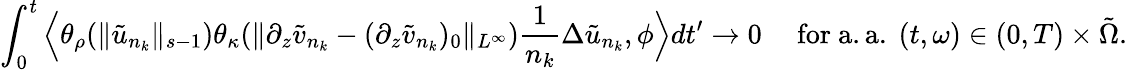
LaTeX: \int_{0}^{t}\Big\langle\theta_{\rho}(\| \tilde{u}_{n_{k}}\| _{s-1})\theta_{\kappa}(\| \partial_{z}\tilde{v}_{n_{k}}-(\partial_{z}\tilde{v}_{n_{k}})_{0}\| _{L^{\infty}})\frac 1{n_{k}}\Delta\tilde{u}_{n_{k}},\phi\Big\rangle dt^{\prime}\to 0\quad\mathrm{~for~a.a.~}(t,\omega)\in(0,T)\times\tilde{\Omega}.